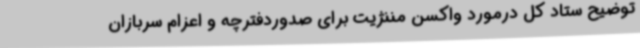
توضیح ستاد کل درمورد واکسن مننژیت برای صدوردفترچه و اعزام سربازان